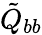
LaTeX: \tilde{Q}_{bb}